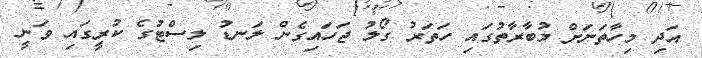
އަދި މިހާތަނަށް މުބާރާތުގައި ހަތަރު ގޯލު ޖަހައިގެން ލަނޑު ލިސްޓުގެ ކުރީގައި ވަނީ